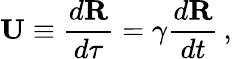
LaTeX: \mathbf{U}\equiv{\frac{d\mathbf{R}}{d\tau}}=\gamma{\frac{d\mathbf{R}}{dt}}\, ,